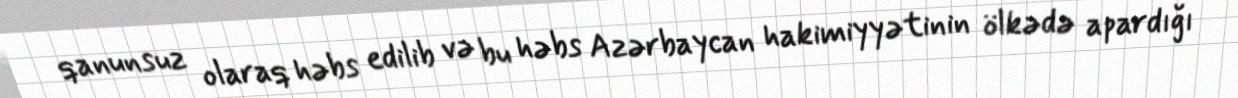
qanunsuz olaraq həbs edilib və bu həbs Azərbaycan hakimiyyətinin ölkədə apardığı